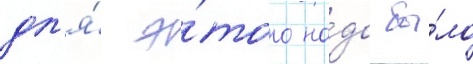
дл'я́ э́того на́до бы́ло